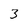
Character: 3